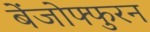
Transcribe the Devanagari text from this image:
बेंजोफ्फुरन